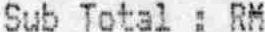
SUB TOTAL : RM